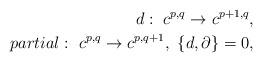
LaTeX: \begin{align*}d:\ c^{p,q}\rightarrow c^{p+1,q},\\partial:\ c^{p,q}\rightarrow c^{p,q+1},\ \{d,\partial\}=0,\end{align*}